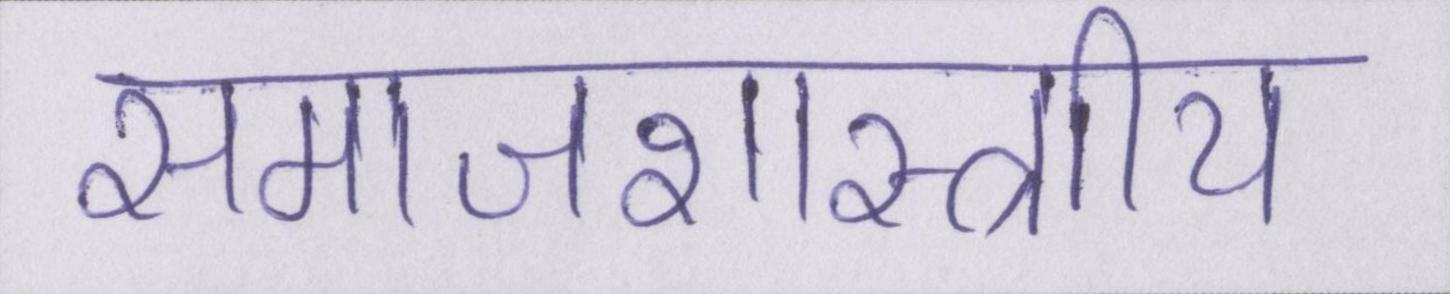
समाजशास्त्राीय